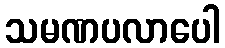
သမဏပလာပေါ